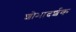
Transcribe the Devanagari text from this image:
शोभादर्शक